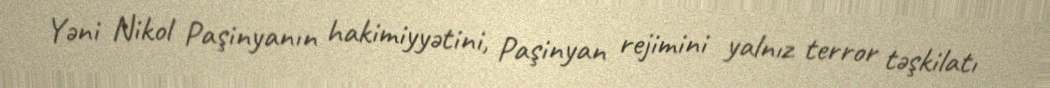
Yəni Nikol Paşinyanın hakimiyyətini, Paşinyan rejimini yalnız terror təşkilatı